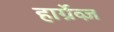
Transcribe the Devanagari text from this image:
हार्ग्रेव्ज़